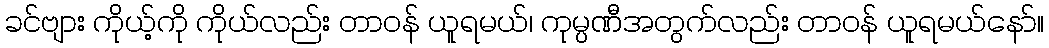
ခင်ဗျား ကိုယ့်ကို ကိုယ်လည်း တာဝန် ယူရမယ်၊ ကုမ္ပဏီအတွက်လည်း တာဝန် ယူရမယ်နော်။